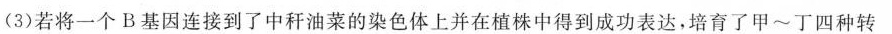
(3)若将一个B基因连接到了中秆油菜的染色体上并在植株中得到成功表达，培育了甲~丁四种转